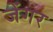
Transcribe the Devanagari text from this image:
जेंगर